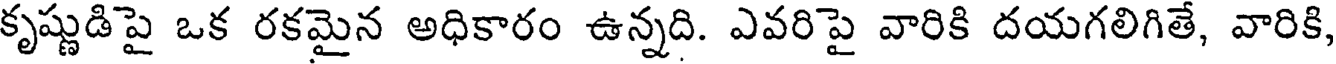
కృష్ణుడి పై ఒక రకమైన అధికారం ఉన్నది. ఎవరిపై వారికి దయగలిగితే, వారికి,